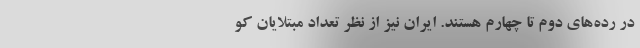
در رده‌های دوم تا چهارم هستند. ایران نیز از نظر تعداد مبتلایان کو